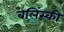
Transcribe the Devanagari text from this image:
बेलिंस्की